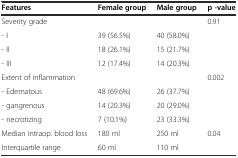
| Features | Female group | Male group | p -value |
 | --- | --- | --- | --- |
 | Severity grade |  |  | <ROWSPAN=4> 0.91 |
 | - I | 39 (56.5%) | 40 (58.0%) |
 | - II | 18 (26.1%) | 15 (21.7%) |
 | - III | 12 (17.4%) | 14 (20.3%) |
 | Extent of inflammation |  |  | <ROWSPAN=4> 0.002 |
 | - Edematous | 48 (69.6%) | 26 (37.7%) |
 | - gangrenous | 14 (20.3%) | 20 (29.0%) |
 | - necrotizing | 7 (10.1%) | 23 (33.3%) |
 | Median intraop. blood loss | 180 ml | 250 ml | <ROWSPAN=2> 0.04 |
 | Interquartile range | 60 ml | 110 ml |